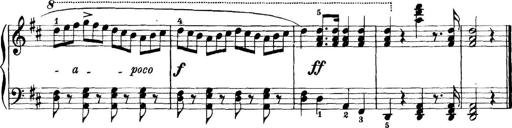
Title: 11 Sonatinas
Composer: Anton Diabelli